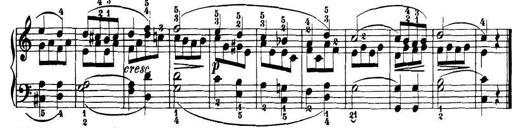
Title: 32 Sonatinas and Rondos for the Piano
Composer: Richard Kleinmichel